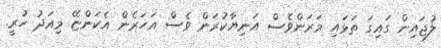
ލުޖައިން ގައިގަ ތަޅައި މަރަންވެސް އަނިޔާކުރަން ވެސް އަހަރެން އެކަންޏޭ މިއަދު ހުރީ.